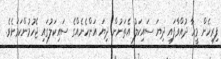
ފިރިހެން މީހާ ދުއްވާފައި ދިޔަ ސައިކަލު އެތަނުން ދިޔަ އަންހެނެއްގެ ސައިކަލުގައި ޖެހުމުންކަމަށެވެ.